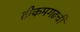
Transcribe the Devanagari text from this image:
टीकमगढची